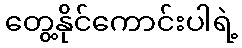
တွေ့နိုင်ကောင်းပါရဲ့